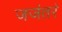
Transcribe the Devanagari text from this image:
जजंतरं